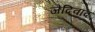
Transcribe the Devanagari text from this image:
जेदिवाद